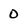
Character: 0